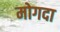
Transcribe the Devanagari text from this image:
मोगदा